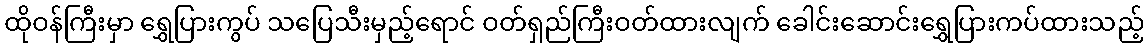
ထိုဝန်ကြီးမှာ ရွှေပြားကွပ် သပြေသီးမှည့်ရောင် ဝတ်ရှည်ကြီးဝတ်ထားလျက် ခေါင်းဆောင်းရွှေပြားကပ်ထားသည့်